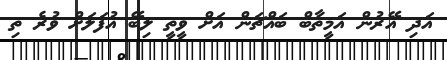
އަދި އޭރުން އަމީތާބް ބައްޗަން އަށް ވީތީ ލިބޭ އުފަލަށް ވުރެ ތި